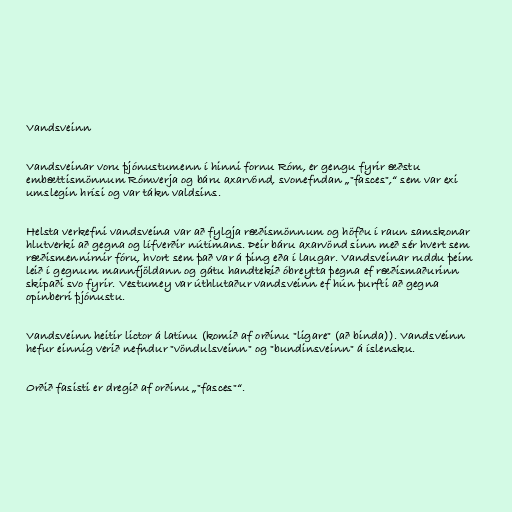
Vandsveinn

Vandsveinar voru þjónustumenn í hinni fornu Róm, er gengu fyrir æðstu
embættismönnum Rómverja og báru axarvönd, svonefndan „"fasces",“ sem var exi
umslegin hrísi og var tákn valdsins.

Helsta verkefni vandsveina var að fylgja ræðismönnum og höfðu í raun samskonar
hlutverki að gegna og lífverðir nútímans. Þeir báru axarvönd sinn með sér hvert sem
ræðismennirnir fóru, hvort sem það var á þing eða í laugar. Vandsveinar ruddu þeim
leið í gegnum mannfjöldann og gátu handtekið óbreytta þegna ef ræðismaðurinn
skipaði svo fyrir. Vestumey var úthlutaður vandsveinn ef hún þurfti að gegna
opinberri þjónustu.

Vandsveinn heitir lictor á latínu (komið af orðinu "ligare" (að binda)). Vandsveinn
hefur einnig verið nefndur "vöndulsveinn" og "bundinsveinn" á íslensku.

Orðið fasisti er dregið af orðinu „"fasces"“.